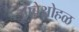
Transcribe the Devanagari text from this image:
आंबेओहळ